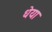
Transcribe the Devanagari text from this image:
धेया